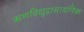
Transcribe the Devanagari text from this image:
ऋणविद्युद्रासायनिक